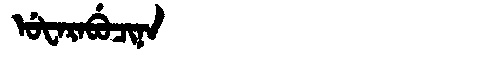
Manchu: ᡠᡶᠠᡵᠠᠪᡠᠴᡳᠨᠠ
Romanization: UFARABUCINA